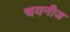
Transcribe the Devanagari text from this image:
चयनीज